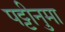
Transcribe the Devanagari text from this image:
पट्टीनुमा